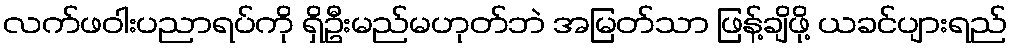
လက်ဖဝါးပညာရပ်ကို ရှိဦးမည်မဟုတ်ဘဲ အမြတ်သာ ဖြန့်ချိဖို့ ယခင်ပျားရည်